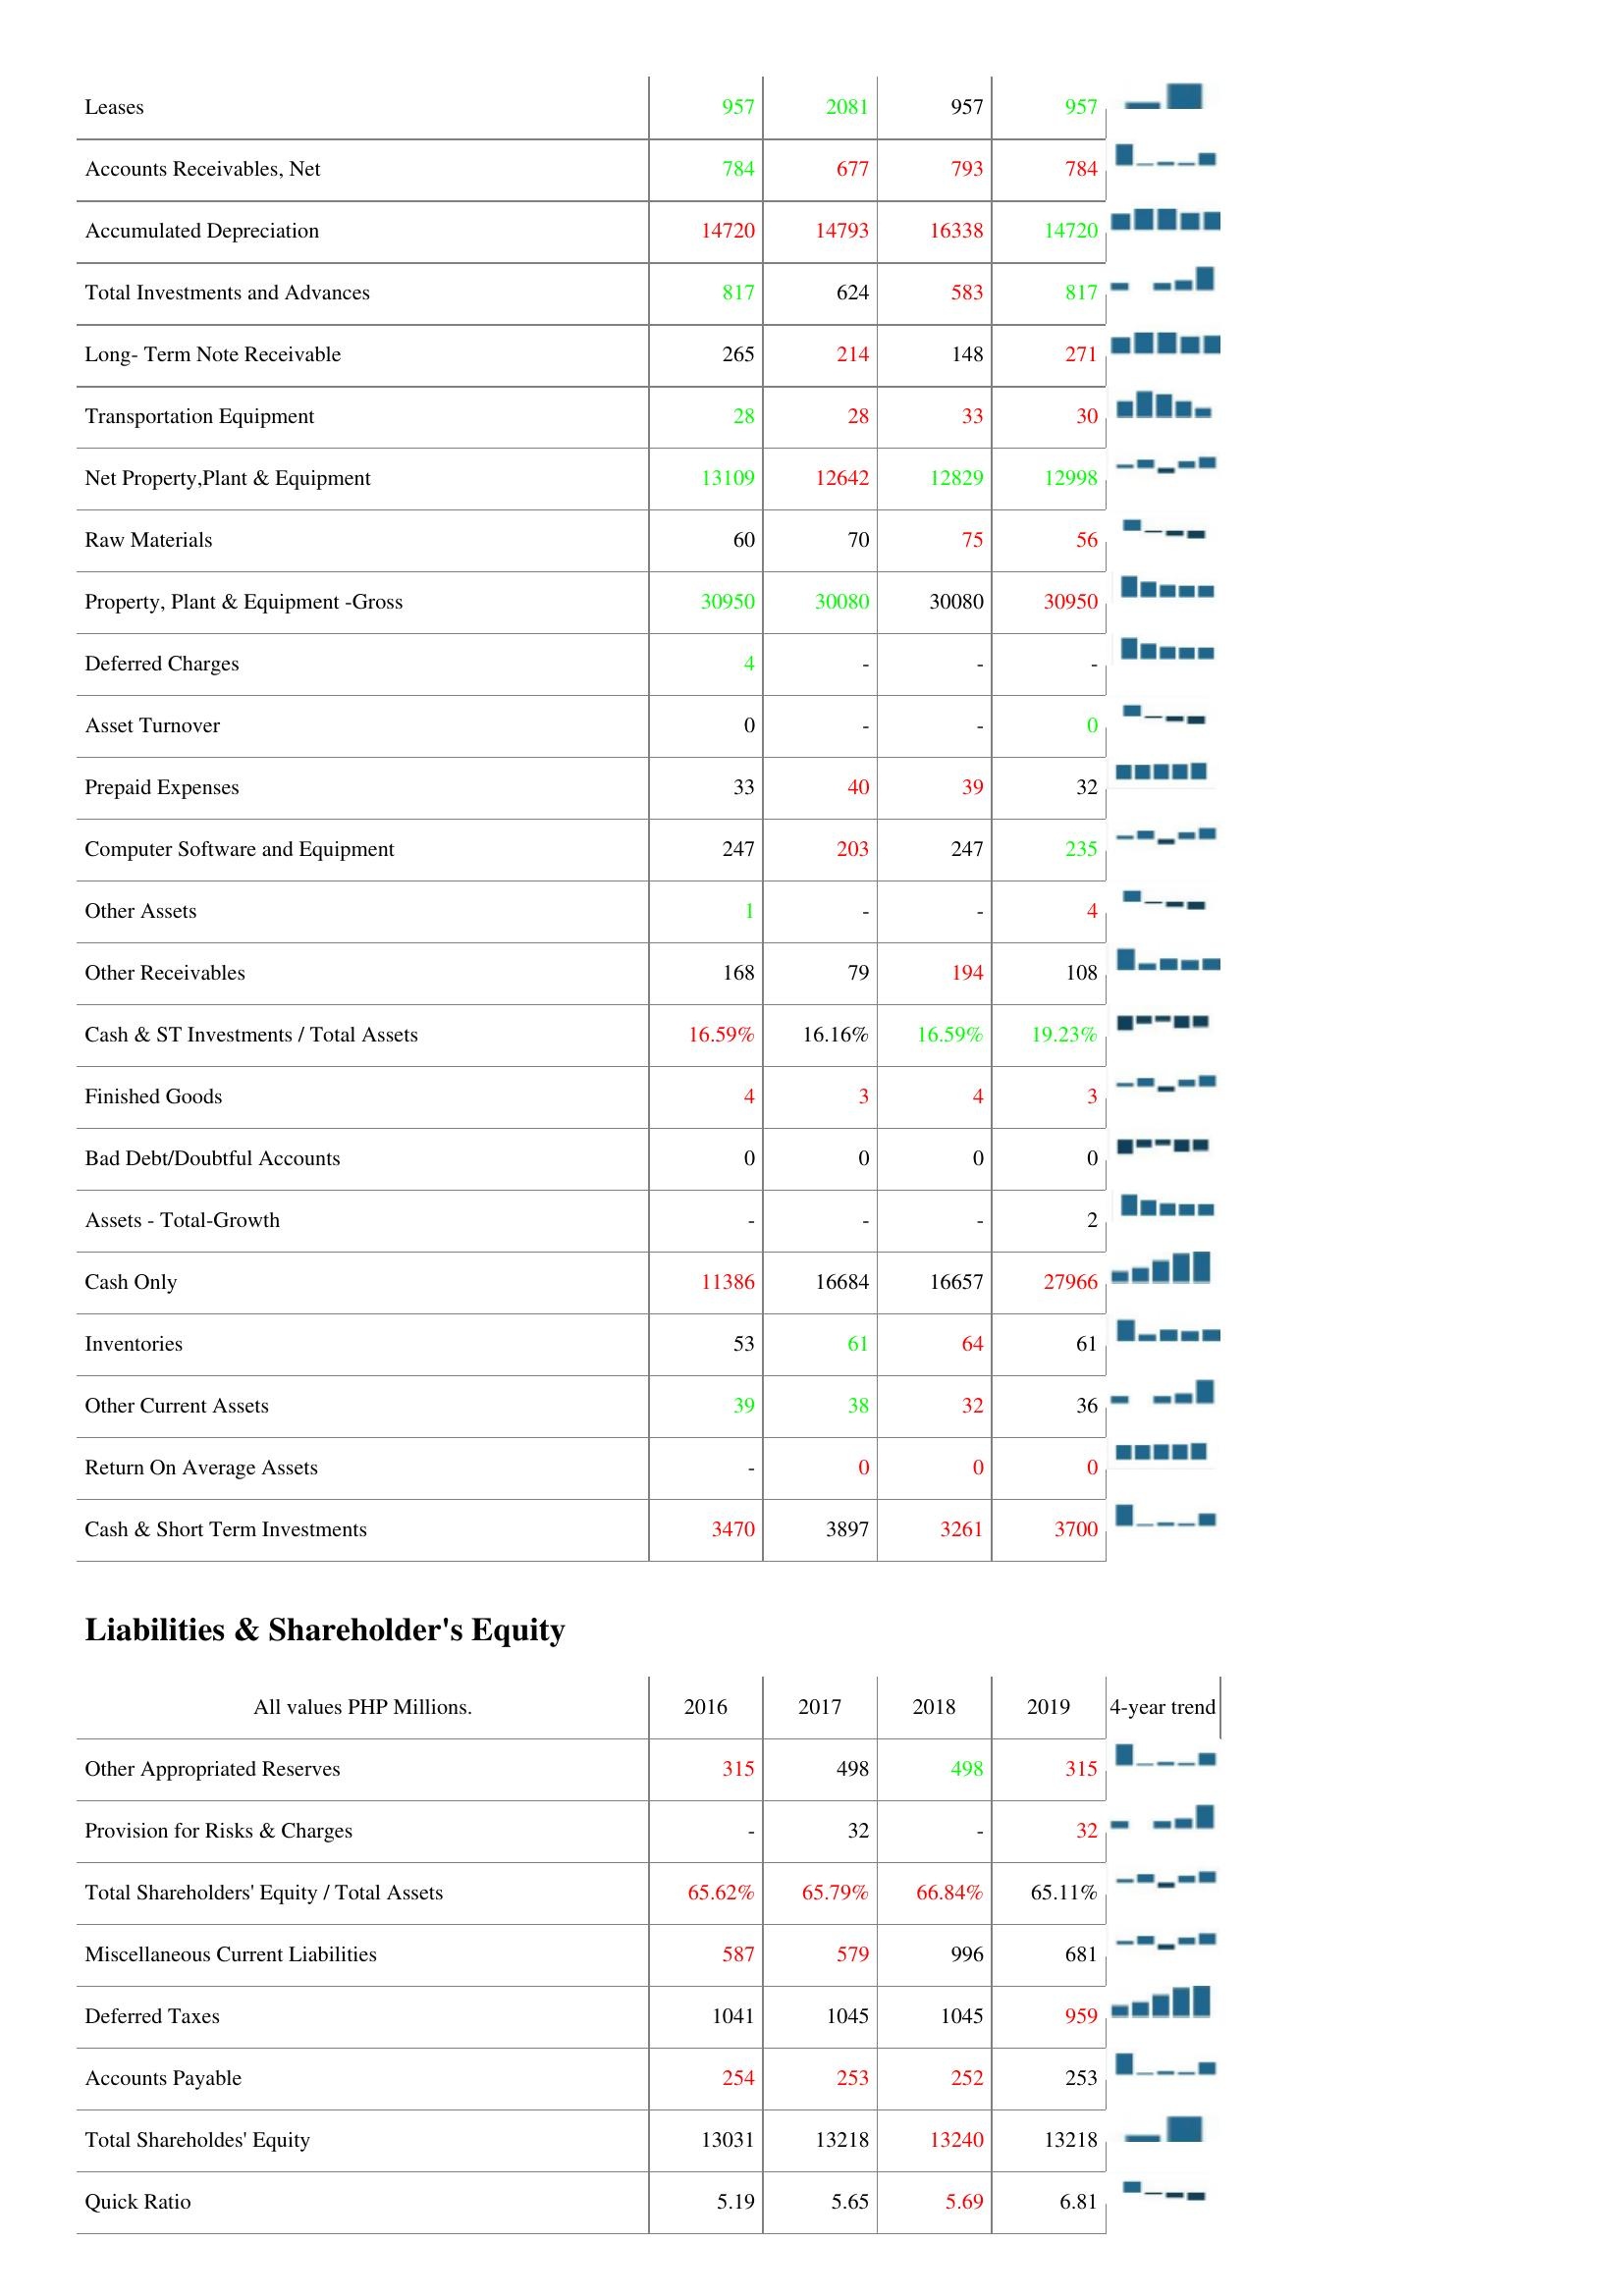
2016: Assets: Leases: 957
Accounts Receivables, Net: 784
Accumulated Depreciation: 14720
Total Investments and Advances: 817
Long- Term Note Receivable: 265
Transportation Equipment: 28
Net Property,Plant & Equipment: 13109
Raw Materials: 60
Property, Plant & Equipment -Gross: 30950
Deferred Charges: 4
Asset Turnover: 0
Prepaid Expenses: 33
Computer Software and Equipment: 247
Other Assets: 1
Other Receivables: 168
Cash & ST Investments / Total Assets: 16.59%
Finished Goods: 4
Bad Debt/Doubtful Accounts: 0
Assets - Total-Growth: -
Cash Only: 11386
Inventories: 53
Other Current Assets: 39
Return On Average Assets: -
Cash & Short Term Investments: 3470
Liabilities & Shareholder's Equity: Other Appropriated Reserves: 315
Provision for Risks & Charges: -
Total Shareholders' Equity / Total Assets: 65.62%
Miscellaneous Current Liabilities: 587
Deferred Taxes: 1041
Accounts Payable: 254
Total Shareholdes' Equity: 13031
Quick Ratio: 5.19
2017: Assets: Leases: 2081
Accounts Receivables, Net: 677
Accumulated Depreciation: 14793
Total Investments and Advances: 624
Long- Term Note Receivable: 214
Transportation Equipment: 28
Net Property,Plant & Equipment: 12642
Raw Materials: 70
Property, Plant & Equipment -Gross: 30080
Deferred Charges: -
Asset Turnover: -
Prepaid Expenses: 40
Computer Software and Equipment: 203
Other Assets: -
Other Receivables: 79
Cash & ST Investments / Total Assets: 16.16%
Finished Goods: 3
Bad Debt/Doubtful Accounts: 0
Assets - Total-Growth: -
Cash Only: 16684
Inventories: 61
Other Current Assets: 38
Return On Average Assets: 0
Cash & Short Term Investments: 3897
Liabilities & Shareholder's Equity: Other Appropriated Reserves: 498
Provision for Risks & Charges: 32
Total Shareholders' Equity / Total Assets: 65.79%
Miscellaneous Current Liabilities: 579
Deferred Taxes: 1045
Accounts Payable: 253
Total Shareholdes' Equity: 13218
Quick Ratio: 5.65
2018: Assets: Leases: 957
Accounts Receivables, Net: 793
Accumulated Depreciation: 16338
Total Investments and Advances: 583
Long- Term Note Receivable: 148
Transportation Equipment: 33
Net Property,Plant & Equipment: 12829
Raw Materials: 75
Property, Plant & Equipment -Gross: 30080
Deferred Charges: -
Asset Turnover: -
Prepaid Expenses: 39
Computer Software and Equipment: 247
Other Assets: -
Other Receivables: 194
Cash & ST Investments / Total Assets: 16.59%
Finished Goods: 4
Bad Debt/Doubtful Accounts: 0
Assets - Total-Growth: -
Cash Only: 16657
Inventories: 64
Other Current Assets: 32
Return On Average Assets: 0
Cash & Short Term Investments: 3261
Liabilities & Shareholder's Equity: Other Appropriated Reserves: 498
Provision for Risks & Charges: -
Total Shareholders' Equity / Total Assets: 66.84%
Miscellaneous Current Liabilities: 996
Deferred Taxes: 1045
Accounts Payable: 252
Total Shareholdes' Equity: 13240
Quick Ratio: 5.69
2019: Assets: Leases: 957
Accounts Receivables, Net: 784
Accumulated Depreciation: 14720
Total Investments and Advances: 817
Long- Term Note Receivable: 271
Transportation Equipment: 30
Net Property,Plant & Equipment: 12998
Raw Materials: 56
Property, Plant & Equipment -Gross: 30950
Deferred Charges: -
Asset Turnover: 0
Prepaid Expenses: 32
Computer Software and Equipment: 235
Other Assets: 4
Other Receivables: 108
Cash & ST Investments / Total Assets: 19.23%
Finished Goods: 3
Bad Debt/Doubtful Accounts: 0
Assets - Total-Growth: 2
Cash Only: 27966
Inventories: 61
Other Current Assets: 36
Return On Average Assets: 0
Cash & Short Term Investments: 3700
Liabilities & Shareholder's Equity: Other Appropriated Reserves: 315
Provision for Risks & Charges: 32
Total Shareholders' Equity / Total Assets: 65.11%
Miscellaneous Current Liabilities: 681
Deferred Taxes: 959
Accounts Payable: 253
Total Shareholdes' Equity: 13218
Quick Ratio: 6.81